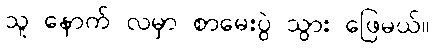
သူ နောက် လမှာ စာမေးပွဲ သွား ဖြေမယ်။